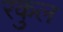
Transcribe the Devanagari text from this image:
रकुल